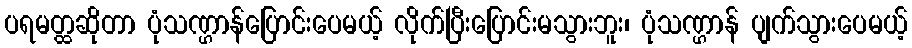
ပရမတ္ထဆိုတာ ပုံသဏ္ဌာန်ပြောင်းပေမယ့် လိုက်ပြီးပြောင်းမသွားဘူး၊ ပုံသဏ္ဌာန် ပျက်သွားပေမယ့်